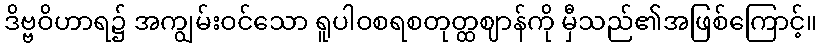
ဒိဗ္ဗဝိဟာရ၌ အကျွမ်းဝင်သော ရူပါဝစရစတုတ္ထဈာန်ကို မှီသည်၏အဖြစ်ကြောင့်။